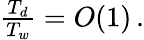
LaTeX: \begin{array}{r}{\frac{T_{d}}{T_{w}}={O}\! \left(1\right)\, .}\end{array}